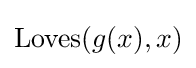
\mathrm {Loves} (g(x),x)